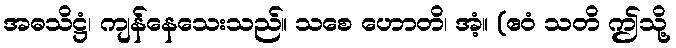
အဓသိဋ္ဌံ၊ ကျန်နေသေးသည်။ သစေ ဟောတိ၊ အံ့။ (ဧဝံ သတိ ဤသို့